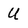
Character: U